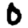
Digit: 0